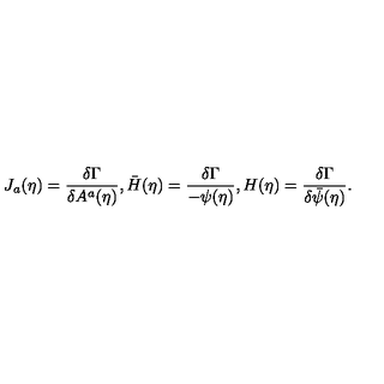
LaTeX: J _ { a } ( \eta ) = \frac { \delta \Gamma } { \delta A ^ { a } ( \eta ) } , \bar { H } ( \eta ) = \frac { \delta \Gamma } { - \psi ( \eta ) } , H ( \eta ) = \frac { \delta \Gamma } { \delta \bar { \psi } ( \eta ) } .